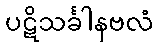
ပဋိသင်္ခါနဗလံ